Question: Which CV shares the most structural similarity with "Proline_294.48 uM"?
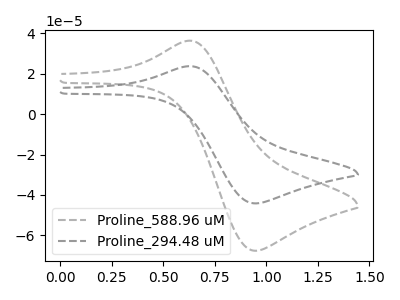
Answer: <think>The gray dashed curve "Proline_588.96 uM" has an anodic peak at (0.65V, 36.40uA) and a cathodic peak at (0.95V, -67.65uA). The gray dashed curve "Proline_294.48 uM" has an anodic peak at (0.65V, 23.80uA) and a cathodic peak at (0.95V, -44.20uA).
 All the peaks in "Proline_588.96 uM" have a peak in "Proline_294.48 uM" at the same potential. Every peak in "Proline_588.96 uM" is higher than every peak in "Proline_294.48 uM".</think>
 <answer>The CV with the most similar shape to "Proline_588.96 uM" is "Proline_294.48 uM".</answer>
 <eval>"Proline_294.48 uM"</eval>